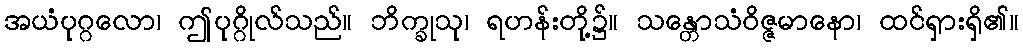
အယံပုဂ္ဂလော၊ ဤပုဂ္ဂိုလ်သည်။ ဘိက္ခုသု၊ ရဟန်းတို့၌။ သန္တောသံဝိဇ္ဇမာနော၊ ထင်ရှားရှိ၏။